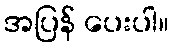
အပြန် ပေးပါ။